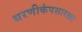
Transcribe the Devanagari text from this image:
धरणीकंपसारखा